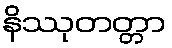
နိဿုတတ္တာ